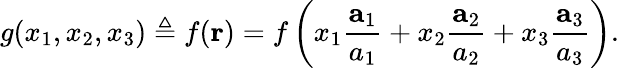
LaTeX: g(x_{1},x_{2},x_{3})\triangleq f(\mathbf{r})=f\left(x_{1}{\frac{\mathbf{a}_{1}}{a_{1}}}+x_{2}{\frac{\mathbf{a}_{2}}{a_{2}}}+x_{3}{\frac{\mathbf{a}_{3}}{a_{3}}}\right).